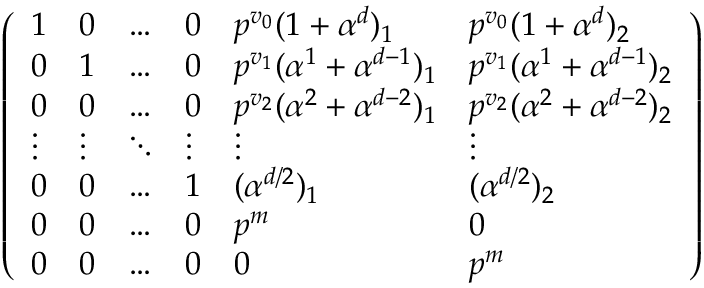
\left( \begin{array} { l l l l l l } { 1 } & { 0 } & { \ldots } & { 0 } & { p ^ { v _ { 0 } } ( 1 + \alpha ^ { d } ) _ { 1 } } & { p ^ { v _ { 0 } } ( 1 + \alpha ^ { d } ) _ { 2 } } \\ { 0 } & { 1 } & { \ldots } & { 0 } & { p ^ { v _ { 1 } } ( \alpha ^ { 1 } + \alpha ^ { d - 1 } ) _ { 1 } } & { p ^ { v _ { 1 } } ( \alpha ^ { 1 } + \alpha ^ { d - 1 } ) _ { 2 } } \\ { 0 } & { 0 } & { \ldots } & { 0 } & { p ^ { v _ { 2 } } ( \alpha ^ { 2 } + \alpha ^ { d - 2 } ) _ { 1 } } & { p ^ { v _ { 2 } } ( \alpha ^ { 2 } + \alpha ^ { d - 2 } ) _ { 2 } } \\ { \vdots } & { \vdots } & { \ddots } & { \vdots } & { \vdots } & { \vdots } \\ { 0 } & { 0 } & { \ldots } & { 1 } & { ( \alpha ^ { d / 2 } ) _ { 1 } } & { ( \alpha ^ { d / 2 } ) _ { 2 } } \\ { 0 } & { 0 } & { \ldots } & { 0 } & { p ^ { m } } & { 0 } \\ { 0 } & { 0 } & { \ldots } & { 0 } & { 0 } & { p ^ { m } } \end{array} \right)